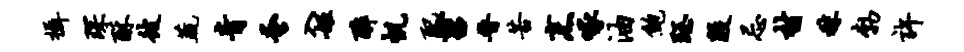
摄琛酥彼蔬青蚤入姬醉帆配苕晋苦烹啄油鲍珏殷忌村秣勃许